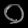
Digit: ၀